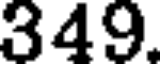
349.